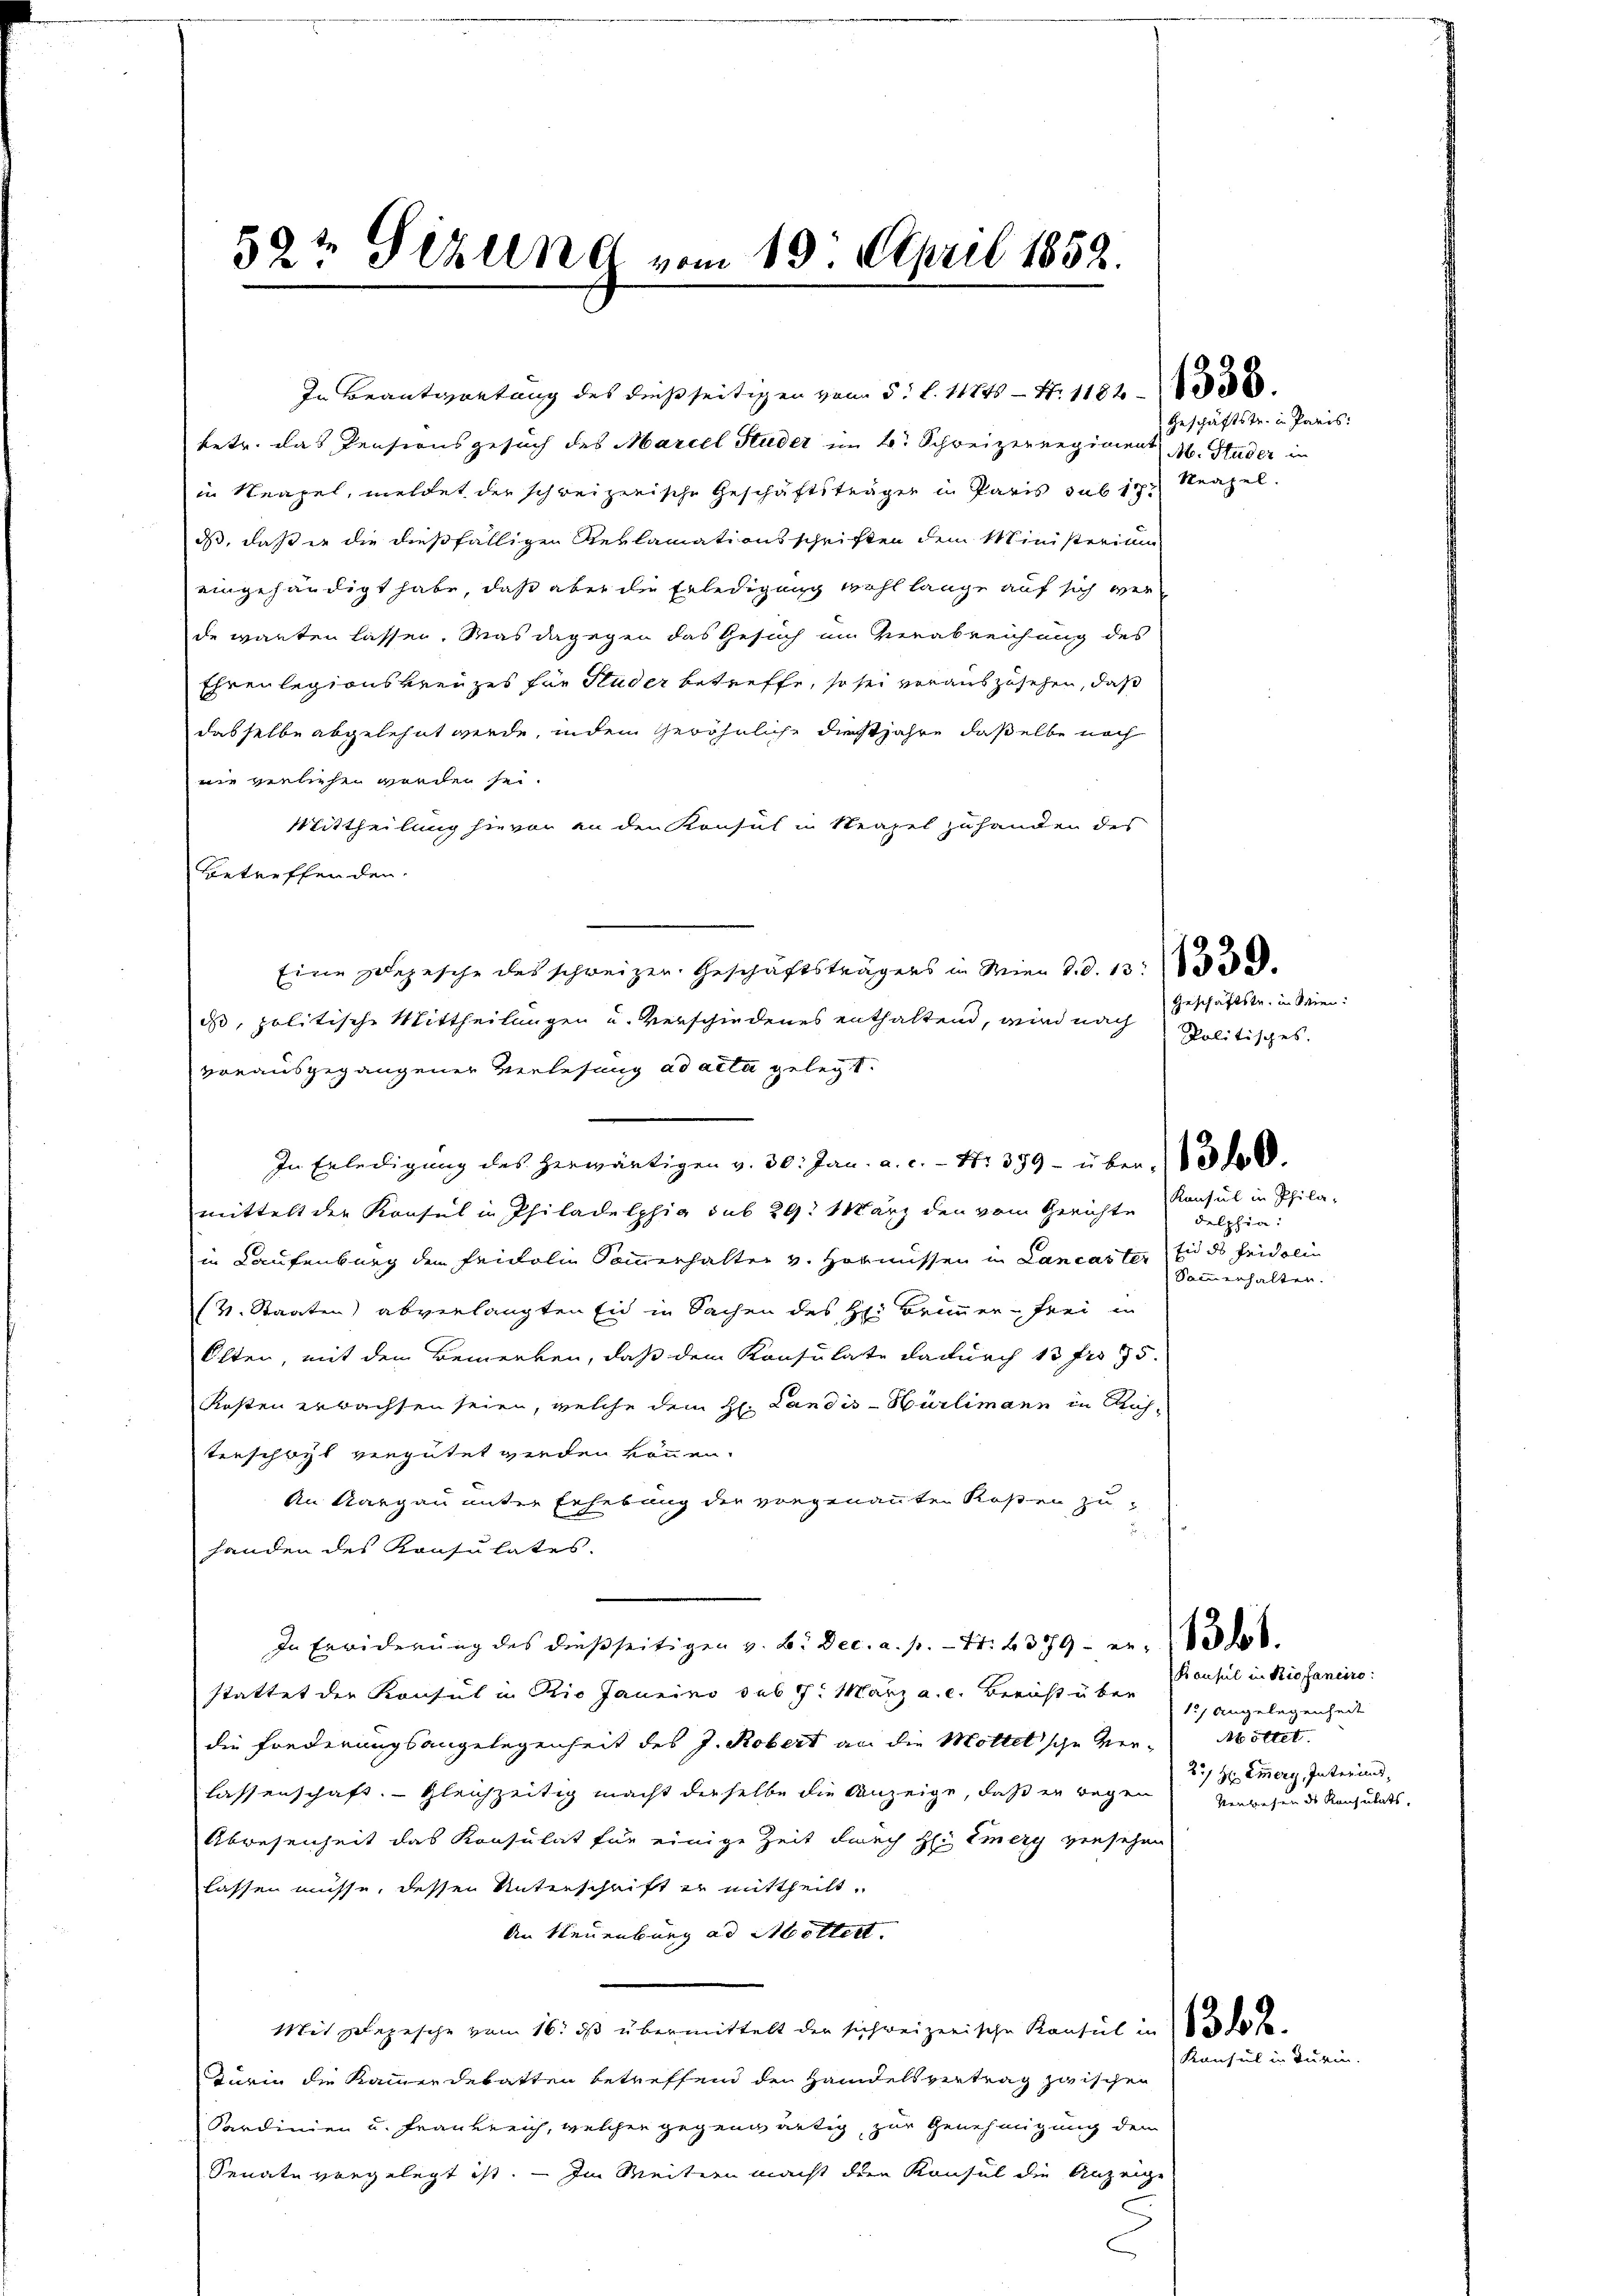
52t Sizung vom 19. April 1852.

betr. das Pensionsgesuch des Marcel Studer im k. Schweizerregiment M. Studer in
in Neapel, meldet der schweizerische Geschäftsträgen in Paris sub 17. Neapel.
dass, daß er die dießfälligen Reklamationsschriften dem Ministerium
eingehändigt habe, daß aber die Erledigung wohl lange auf sich wer
de warten lassen. Was dagegen das Gesuch im Verabreichung des
Ehrenlegionskreuzes für Huder betreffe, so sei vorauszusehen, daß
dasselbe abgelehnt werde, indem Gewöhnliche diesjahre daßelbe noch
wie verliehen werden sei.
Mittheilung hievon an den Konsul in Neapel zuhanden des
betreffenden.
ds, politische Mittheilungen u. Verschiedenes enthaltend, wird nach
vorausgegangener Verlesung ad acta gelegt.
In Erledigung des herwärtigen v. 30. Jan. a. c. - Nr. 359 - über 13 de
mittelt der Konsul in Philadelphia sub 29. März den vom Gerichte delphia
in Kaufenburg den Fridolin Sommerhalter v. Hornissen in Lancaster Eides Fridolin
(v. Staaten abverlangten Eid in Sachen des H: Brunner-Frei in
Olten, mit dem Bemerken, daß dem Konsulate dadurch 13 fr. 95.
Kosten erwachsen seien, welche dem H. Landis-Hürlimann in Richterschöpf vergütet werden können.
An Aargau unter Erhebung der vorgenannten Rosen zu
handen des Konsulates.
In Erwiderung des dießseitigen v. B. Dec. a. p. 4t. 379 - er da de
stattet der Konsul in Rio Janeino sub 17. März a. c. Bericht über
die Fonderungsangelegenheit des J. Robert an die Mottelsche Verlassenschaft. Gleichzeitig macht derselbe die Anzeige, daß er wegen gewesen des Renzulats.
Abwesenheit das Konsulat für einige Zeit durch H: Emery versehen
lassen müsse, dessen Unterschrift zu mittheilt,
An Neuenburg ad Mellett
Mit Pazische vom 16. ds übermittelt den sichweizerische Konsul in § 300 l.
Turin die Kammerdebatten betreffend den Handelsvertrag zwischen
Sardinien u. Frankreich, welcher gegenwärtig, zur Genehmigung dem
Senate vorgelegt ist. — Im Weitern macht den Konsul die Anzeige

In Beantwortung des dießseitigen vom 5t l. 11845 — N. 1182

Eine Zepesche des schweizer. Geschäftsträgers in Wien d. d. 13.

Geschäftstr. in Paris:

Geschäftste in Wien.
Politisches.

Konsul in Phila-
Sammerhalten.

Bausul in Riofaneiro
15) Angelegenheit
öttet.
2/ H Emern, Interims,

Konsul in Turin.